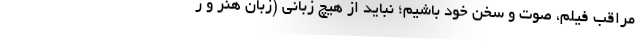
مراقب فیلم، صوت و سخن خود باشیم؛ نباید از هیچ زبانی (زبان هنر و ز